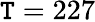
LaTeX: \mathtt{T}=227